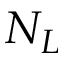
N _ { L }